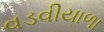
વડવીયાળા